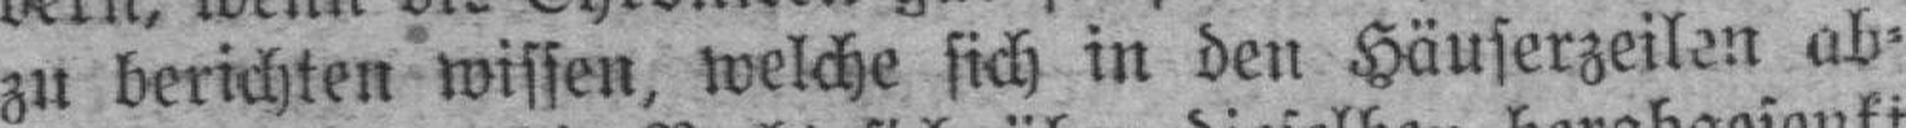
zu berichten wissen, welche sich in den Häuserzeilen ab¬